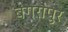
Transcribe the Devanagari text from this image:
बगरापुर